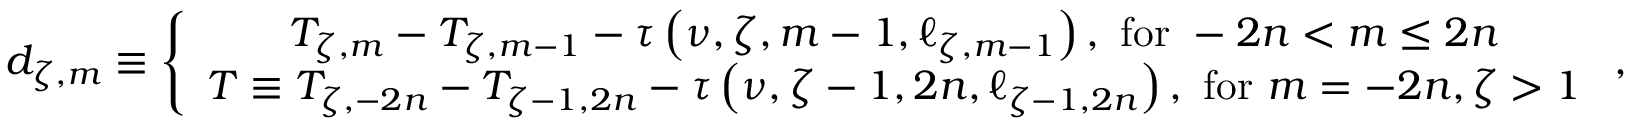
d _ { \zeta , m } \equiv \left\{ \begin{array} { c } { T _ { \zeta , m } - T _ { \zeta , m - 1 } - \tau \left( \nu , \zeta , m - 1 , \ell _ { \zeta , m - 1 } \right) , \mathrm { ~ f o r ~ } - 2 n < m \leq 2 n } \\ { T \equiv T _ { \zeta , - 2 n } - T _ { \zeta - 1 , 2 n } - \tau \left( \nu , \zeta - 1 , 2 n , \ell _ { \zeta - 1 , 2 n } \right) , \mathrm { ~ f o r ~ } m = - 2 n , \zeta > 1 } \end{array} \right. ,